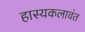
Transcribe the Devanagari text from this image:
हास्यकलावंत